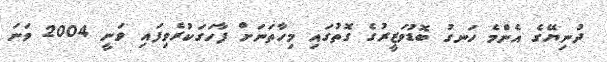
ދުނިޔޭގެ އެންމެ ހަނގު ބޮޑުވަޒީރުގެ ގޮތުގައި މިހާތަނަށް ފާހަގަކުރެވިފައި ވަނީ 2004 ވަނަ